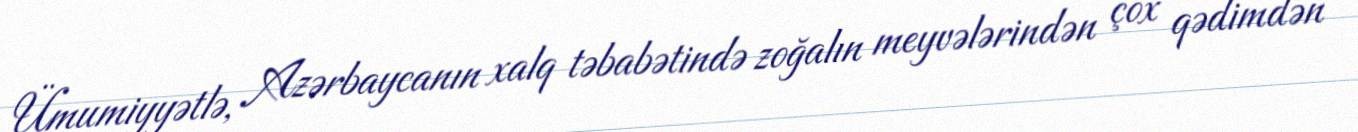
Ümumiyyətlə, Azərbaycanın xalq təbabətində zoğalın meyvələrindən çox qədimdən